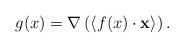
LaTeX: \begin{align*}g(x) = \nabla \left(\left<f(x)\cdot \mathbf x\right>\right).\end{align*}